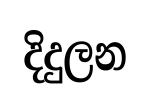
දිදුලන